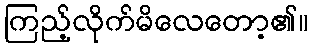
ကြည့်လိုက်မိလေတော့၏။